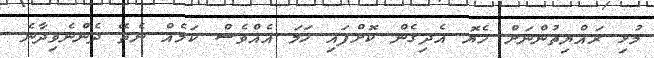
މުޅި ރައްޔިތުންނަށް ހެޔޮ އެދިގެން ކޮށްފައި ހަމަ އެއްވެސް ކަމެއް ނެތޭ ދެންނެވިދާނެ.